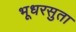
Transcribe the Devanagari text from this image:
भूधरसुता